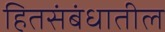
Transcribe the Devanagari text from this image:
हितसंबंधातील